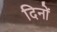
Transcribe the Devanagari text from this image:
दिनों